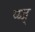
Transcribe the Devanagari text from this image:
प्य्ज्